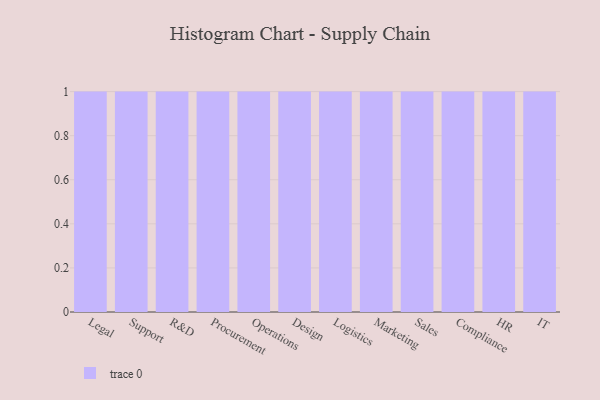
{"axis": {"x": "Department", "y": "Energy Usage (MWh)"}, "legend": [""], "data": [{"x": "Legal", "y": 82, "type": ""}, {"x": "Support", "y": 91, "type": ""}, {"x": "R&D", "y": 37, "type": ""}, {"x": "Procurement", "y": 52, "type": ""}, {"x": "Operations", "y": 61, "type": ""}, {"x": "Design", "y": 93, "type": ""}, {"x": "Logistics", "y": 78, "type": ""}, {"x": "Marketing", "y": 28, "type": ""}, {"x": "Sales", "y": 100, "type": ""}, {"x": "Compliance", "y": 63, "type": ""}, {"x": "HR", "y": 28, "type": ""}, {"x": "IT", "y": 48, "type": ""}]}